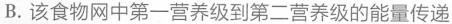
B.该食物网中第一营养级到第二营养级的能量传递